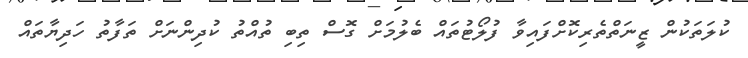
ކުލަތަކުން ޒީނަތްތެރިކޮށްފައިވާ ފުލޯޓުތައް ބެލުމަށް ގޮސް ތިބި ތުއްތު ކުދިންނަށް ތަފާތު ހަދިޔާތައް